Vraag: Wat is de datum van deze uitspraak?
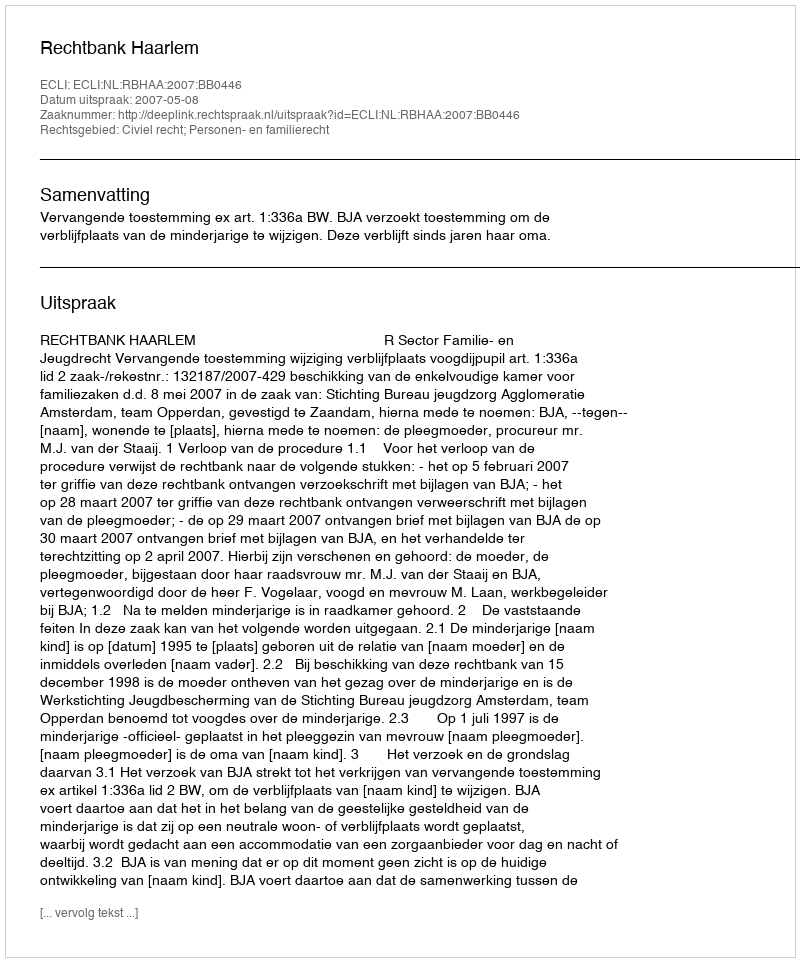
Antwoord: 2007-05-08